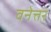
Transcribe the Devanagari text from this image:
वनेत्तर